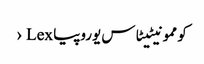
کوممونیٹیٹاس یوروپیا Lex ›